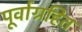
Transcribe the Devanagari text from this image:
पूर्वाग्रहित